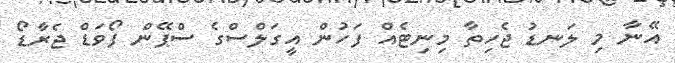
އޭނާ މި ލަނޑު ޖެހިތާ މިނިޓެއް ފަހުން އީގަލްސްގެ ސްޕޭން ފޯވަޑް ޖެރާޑޯ